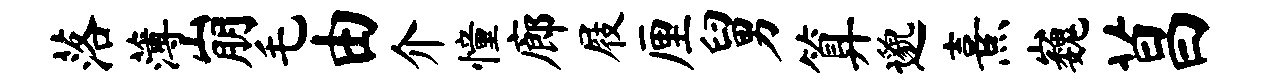
落薄崩毛由介憧廊屐厘舅算邈熹巍菖